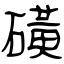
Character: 磺